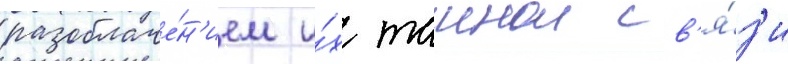
разоблаче́н'ием и́х таинои св'я́з'и